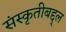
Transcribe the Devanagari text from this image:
संस्कृतीबद्द्ल